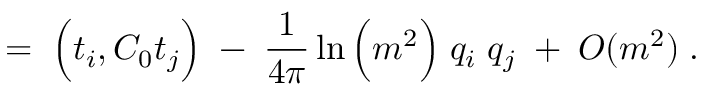
= \; \Big ( t _ { i } , C _ { 0 } t _ { j } \Big ) \; - \; \frac { 1 } { 4 \pi } \ln \Big ( m ^ { 2 } \Big ) \; q _ { i } \; q _ { j } \; + \; O ( m ^ { 2 } ) \; .